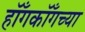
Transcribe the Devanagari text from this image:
हॉँगकॉँगच्या